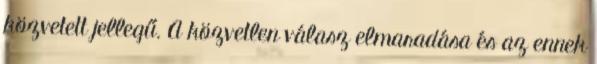
közvetett jellegű. A közvetlen válasz elmaradása és az ennek